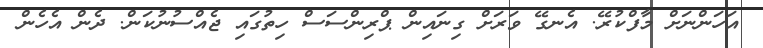
އަހަންނަށް މާފްކުރޭ. އެނގޭ ވަރަށް ގިނައިން ޕްރިންސަސް ހިތުގައި ޖެއްސުނުކަން. ދެން އެހެން